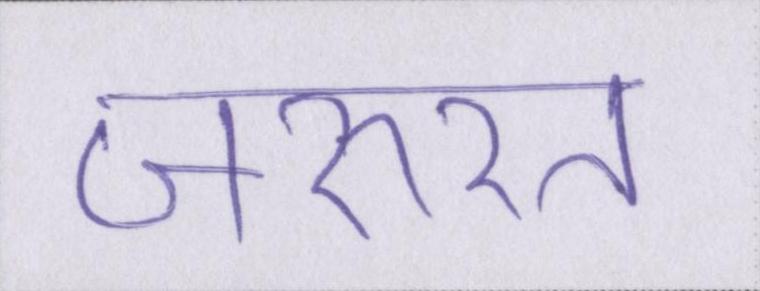
ज़रुरत